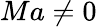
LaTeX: Ma\neq 0